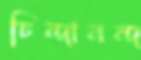
চিন্দানন্দ